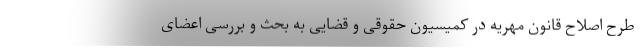
طرح اصلاح قانون مهریه در کمیسیون حقوقی و قضایی به بحث و بررسی اعضای